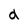
Character: d